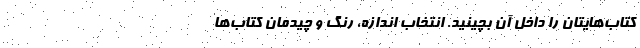
کتاب‌هایتان را داخل آن بچینید. انتخاب اندازه، رنگ و چیدمان کتاب‌ها